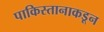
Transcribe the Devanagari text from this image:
पाकिस्तानाकडून